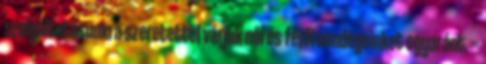
szolgáltatásunkra szeretettel várjuk női és férfi vendégeinket egyaránt. ··